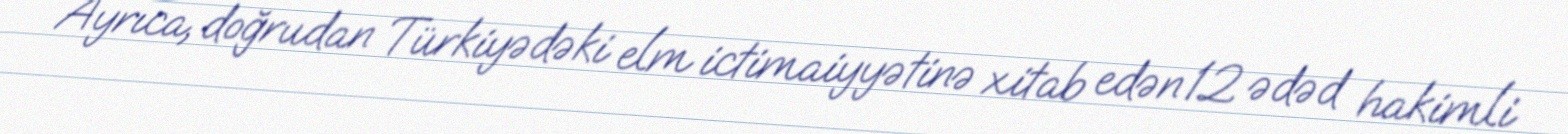
Ayrıca, doğrudan Türkiyədəki elm ictimaiyyətinə xitab edən 12 ədəd hakimli